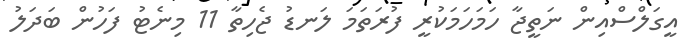
އީގަލްސްއިން ނަތީޖާ ހަމަހަމަކުރީ ފުރަތަމަ ލަނޑު ޖެހިތާ 11 މިނެޓު ފަހުން ބަދަލު